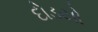
દોડયો